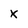
Character: X